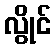
လွိုင်